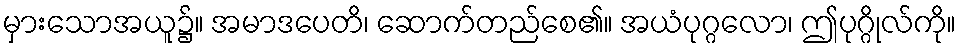
မှားသောအယူ၌။ အမာဒပေတိ၊ ဆောက်တည်စေ၏။ အယံပုဂ္ဂလော၊ ဤပုဂ္ဂိုလ်ကို။